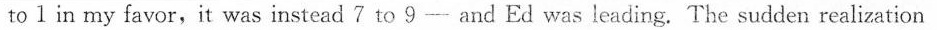
to 1 in my favor,it was instead 7 to 9 —— and Ed was leading. The sudden realization